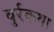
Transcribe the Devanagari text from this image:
बुर्रकथा